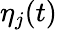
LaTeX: \eta_{j}(t)